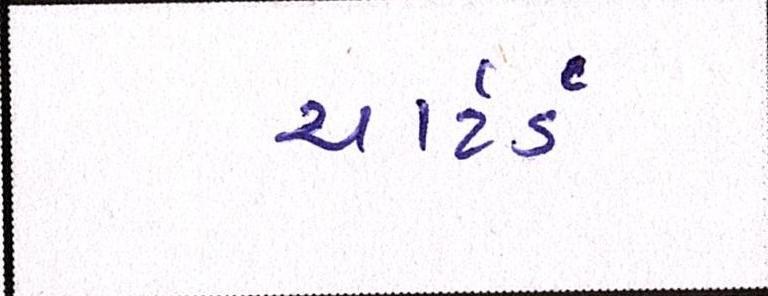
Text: ચાર્ટર્ડ